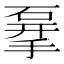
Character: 𥓨